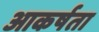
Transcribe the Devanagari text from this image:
आकर्षता